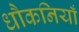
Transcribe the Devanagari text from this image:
धौकनियाँ